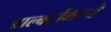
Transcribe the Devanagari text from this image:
आल्बर्टामध्ये